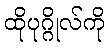
ထိုပုဂ္ဂိုလ်ကို